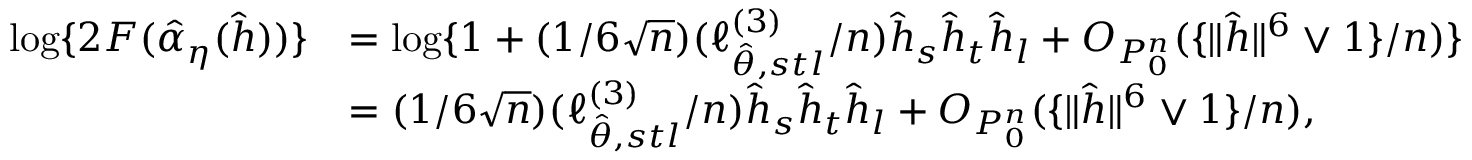
\begin{array} { r l } { \log \{ 2 F ( \hat { \alpha } _ { \eta } ( \hat { h } ) ) \} } & { = \log \lbrace 1 + ( 1 / 6 \sqrt { n } ) ( \ell _ { \hat { \theta } , s t l } ^ { ( 3 ) } / n ) \hat { h } _ { s } \hat { h } _ { t } \hat { h } _ { l } + O _ { P _ { 0 } ^ { n } } ( \{ \| \hat { h } \| ^ { 6 } \vee 1 \} / n ) \rbrace } \\ & { = ( 1 / 6 \sqrt { n } ) ( \ell _ { \hat { \theta } , s t l } ^ { ( 3 ) } / n ) \hat { h } _ { s } \hat { h } _ { t } \hat { h } _ { l } + O _ { P _ { 0 } ^ { n } } ( \{ \| \hat { h } \| ^ { 6 } \vee 1 \} / n ) , } \end{array}